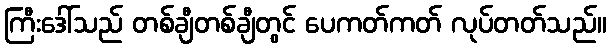
ကြီးဒေါ်သည် တစ်ချီတစ်ချီတွင် ပေကတ်ကတ် လုပ်တတ်သည်။